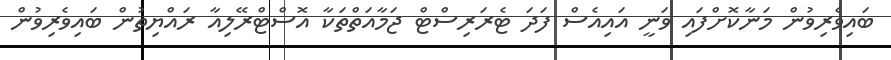
ބައިވެރިވުން މަނާކޮށްފައި ވަނީ އައިއެސް ފަދަ ޓެރަރިސްޓް ޖަމާއަތްތަކާ އޮސްޓްރޭލިއާ ރައްޔިތުން ބައިވެރިވުން